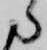
ら